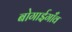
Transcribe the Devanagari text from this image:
बोगाईगाँव